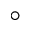
^ { \circ }